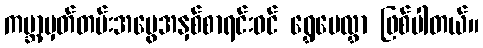
ကမ္ဘာ့မှတ်တမ်းအမွေအနှစ်စာရင်းဝင် ရွှေပေလွှာ ဖြစ်ပါတယ်။